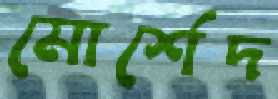
মোর্শেদ